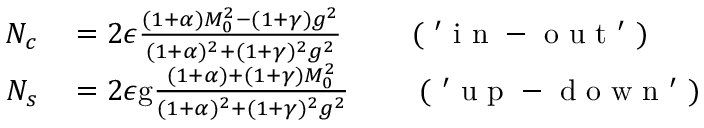
\begin{array} { r l } { N _ { c } } & { { } = 2 \epsilon \frac { ( 1 + \alpha ) M _ { 0 } ^ { 2 } - ( 1 + \gamma ) g ^ { 2 } } { ( 1 + \alpha ) ^ { 2 } + ( 1 + \gamma ) ^ { 2 } g ^ { 2 } } \qquad \mathrm { ~ ( ~ ' ~ i ~ n ~ - ~ o ~ u ~ t ~ ' ~ ) ~ } } \\ { N _ { s } } & { { } = 2 \epsilon \mathrm { g } \frac { ( 1 + \alpha ) + ( 1 + \gamma ) M _ { 0 } ^ { 2 } } { ( 1 + \alpha ) ^ { 2 } + ( 1 + \gamma ) ^ { 2 } g ^ { 2 } } \qquad \mathrm { ~ ( ~ ' ~ u ~ p ~ - ~ d ~ o ~ w ~ n ~ ' ~ ) ~ } } \end{array}